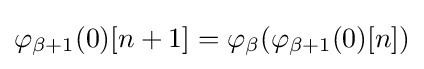
\varphi _{\beta +1}(0)[n+1]=\varphi _{\beta }(\varphi _{\beta +1}(0)[n])